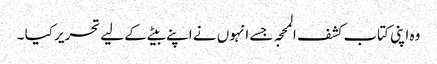
وہ اپنی کتاب کشف المحجہ جسے انہوں نے اپنے بیٹے کے لیے تحریر کیا ۔